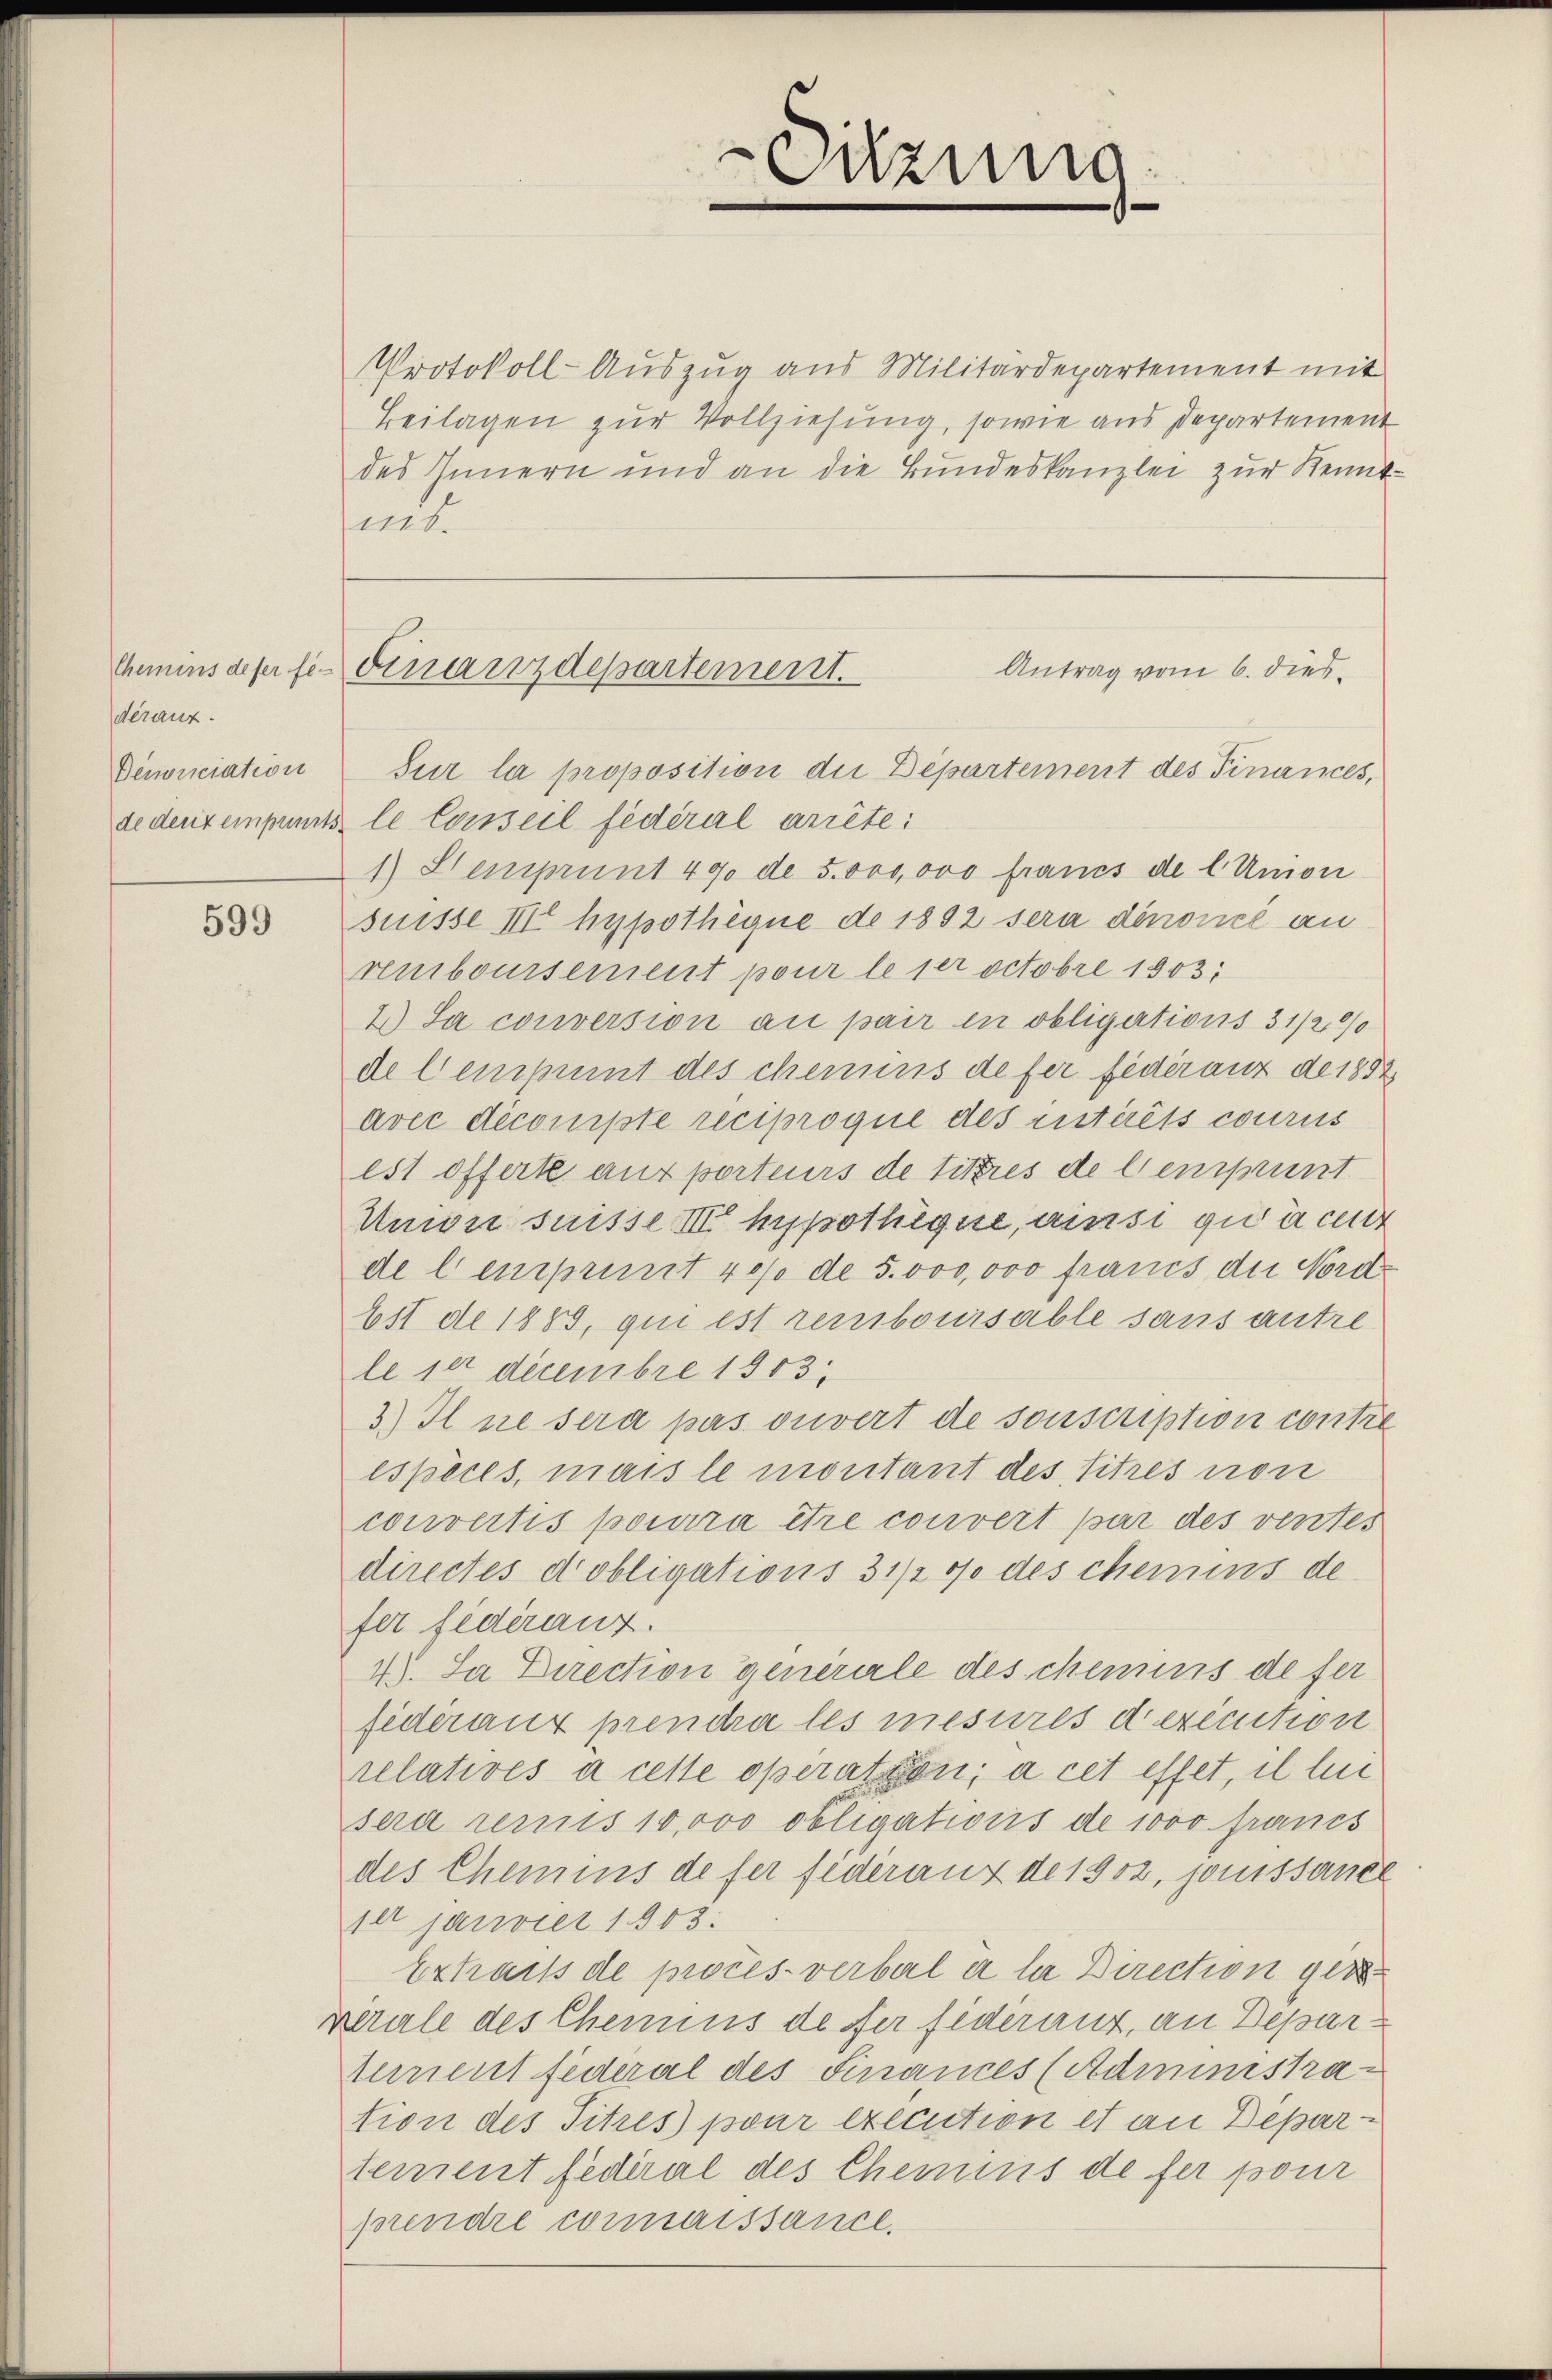
deranz.
Denonciation
de deut einpunsts

599

nes.

Protokoll-Auszug aus Militärdepartement mit
Beilagen zur Vollziehung, sowie aus Departement
des Innern und an die Bundeskanzlei zur Kennt¬
Antrag vom 6. dies
le Conseil fédéral arrête:
1) Demprunt 490 de 5.000ovo francs de l. Union
suisse III hypothèque de 1892 sera dénoncé an
remboursement pour le per octobre 1903
2) La conversion au pair in obligations 3 1/20/
de Cempirt des cheminis defer federanz de 189
avec decompte reciproque des intérêts courus
est offerte auf porteurs de titres de l’emprunt
Umoi suisse III hypothegne, ainsi quacent
de l emprunt 40% de 5.000,000 francs der Nord
bst de 1889, qui est remboursable sans antre
le 10 decembre 1903
3) Il ne sera pas ouvert de sonscription contre
espèces, mais le montant des titres von
couvertis pourra être convert par des ventes
directes dobligations 3 1/2 10 des chemins de
fer federanz.
4. Ja Direction generale des chemins de fer
federauf prendra les mesures dexecution
relatives à cette operation; à cet effet, il li
sera remis 10,000 obligations de 1000 francs
des Chemins de fer federaus de 1902, jouissance
10 janvier 1905.
Exhails de procès-verbal a la Direction gib
rerale des Chemins de ser fiderauf, an Departerrent Federal des Finances (Administration des Titres pour execution et an Departement fédéral des Cheminis de fer pour
prendre connaissance.

Sitzung
¬

Chemnsdeferte Finanzdepartement.
Sur la proposition die Departement des Finances,